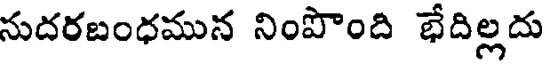
నుదరబంధమున నింపొంది భేదిల్లదు